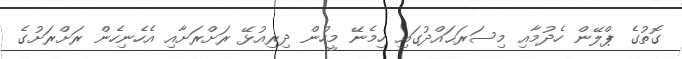
ގޮތުގެ ޕްލޭން ހެދުމާއި މިސަރަޙައްދުގައި ހިމެނޭ މީހުން ދިރިއުޅޭ ރަށްރަށާއި އެހެނިހެން ރަށްރަށުގެ